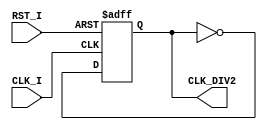
// [TURBO9_HEADER_START]
//////////////////////////////////////////////////////////////////////////////
//                          Turbo9 Microprocessor IP
//////////////////////////////////////////////////////////////////////////////
// Website: www.turbo9.org
// Contact: team[at]turbo9[dot]org
//////////////////////////////////////////////////////////////////////////////
// [TURBO9_LICENSE_START]
// BSD-1-Clause
//
// Copyright (c) 2020-2023
// Kevin Phillipson
// Michael Rywalt
// All rights reserved.
//
// Redistribution and use in source and binary forms, with or without
// modification, are permitted provided that the following conditions are met:
//
// 1. Redistributions of source code must retain the above copyright notice,
//    this list of conditions and the following disclaimer.
//
// THIS SOFTWARE IS PROVIDED BY THE COPYRIGHT HOLDERS AND CONTRIBUTORS "AS IS"
// AND ANY EXPRESS OR IMPLIED WARRANTIES, INCLUDING, BUT NOT LIMITED TO, THE
// IMPLIED WARRANTIES OF MERCHANTABILITY AND FITNESS FOR A PARTICULAR PURPOSE
// ARE DISCLAIMED. IN NO EVENT SHALL THE COPYRIGHT HOLDERS AND CONTRIBUTORS BE
// LIABLE FOR ANY DIRECT, INDIRECT, INCIDENTAL, SPECIAL, EXEMPLARY, OR
// CONSEQUENTIAL DAMAGES (INCLUDING, BUT NOT LIMITED TO, PROCUREMENT OF
// SUBSTITUTE GOODS OR SERVICES; LOSS OF USE, DATA, OR PROFITS; OR BUSINESS
// INTERRUPTION) HOWEVER CAUSED AND ON ANY THEORY OF LIABILITY, WHETHER IN
// CONTRACT, STRICT LIABILITY, OR TORT (INCLUDING NEGLIGENCE OR OTHERWISE)
// ARISING IN ANY WAY OUT OF THE USE OF THIS SOFTWARE, EVEN IF ADVISED OF THE
// POSSIBILITY OF SUCH DAMAGE.
// [TURBO9_LICENSE_END]
//////////////////////////////////////////////////////////////////////////////
// Description: Simple clock divider
//
//////////////////////////////////////////////////////////////////////////////
// History:
// 07.14.2023 - Kevin Phillipson
//   File header added
//
//////////////////////////////////////////////////////////////////////////////
// [TURBO9_HEADER_END]

/////////////////////////////////////////////////////////////////////////////
//                                MODULE
/////////////////////////////////////////////////////////////////////////////
module clk_div
(
  // Inputs: Clock & Reset
  input  CLK_I,
  input  RST_I,

  // Outputs
  output CLK_DIV2
);
/////////////////////////////////////////////////////////////////////////////
//                             INTERNAL SIGNALS
/////////////////////////////////////////////////////////////////////////////
reg  clk_div_reg;
/////////////////////////////////////////////////////////////////////////////


/////////////////////////////////////////////////////////////////////////////
//                                REGISTERS
/////////////////////////////////////////////////////////////////////////////
always @(posedge CLK_I, posedge RST_I) begin
  if (RST_I) begin
    clk_div_reg <= 1'b0;
  end else begin
    clk_div_reg <= ~clk_div_reg;
  end
end
/////////////////////////////////////////////////////////////////////////////


/////////////////////////////////////////////////////////////////////////////
//                             ASSIGN OUTPUTS
/////////////////////////////////////////////////////////////////////////////

// Outputs
assign CLK_DIV2 = clk_div_reg;

/////////////////////////////////////////////////////////////////////////////

endmodule